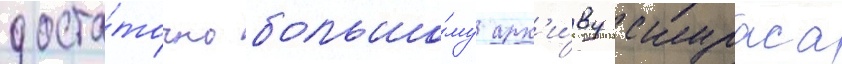
доста́точно большо́му арх'и́ву скураса